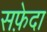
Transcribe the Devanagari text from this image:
सफ़ेदा